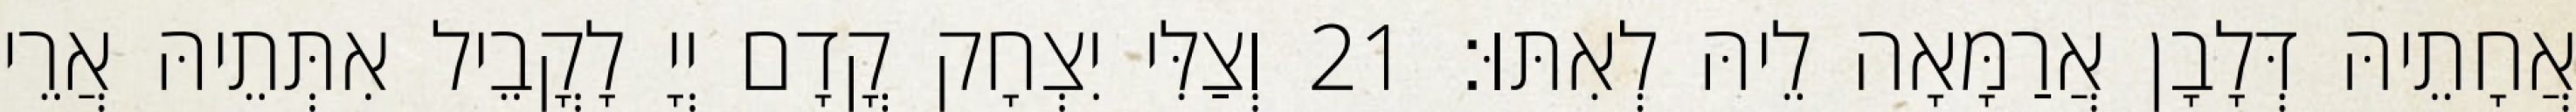
אֲחָתֵיהּ דְּלָבָן אֲרַמָּאָה לֵיהּ לְאִתּוּ׃ 21 וְצַלִּי יִצְחָק קֳדָם יְיָ לָקֳבֵיל אִתְּתֵיהּ אֲרֵי